Vaccination report Assam 1874-1896 - 1874-1896
Year: 1874
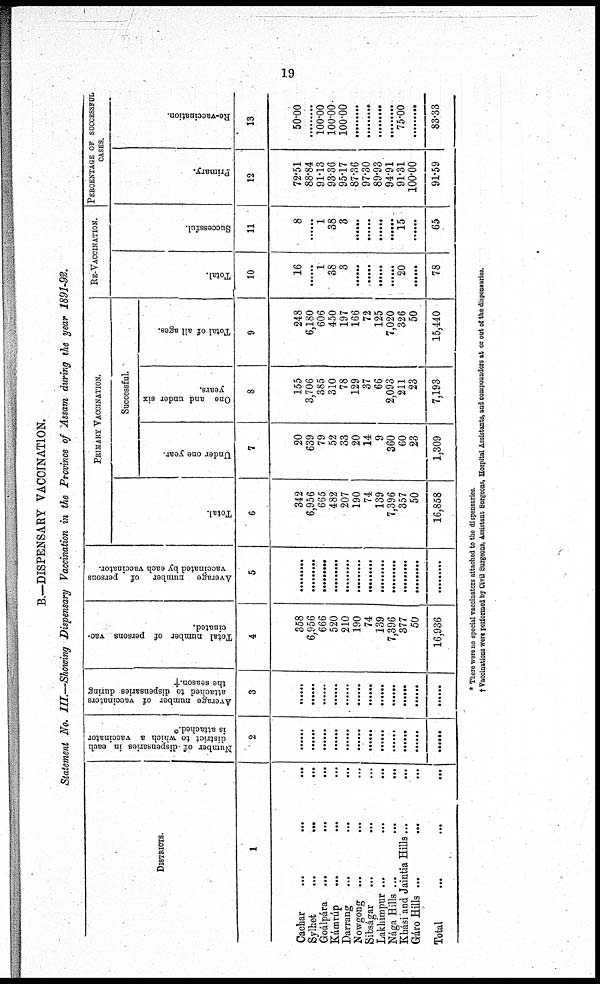
19
B.—DISPENSARY VACCINATION.
Statement No. III.—Showing Dispensary Vaccination in the Province of Assam during the year 1891-92.
DISTRICTS.
1
Cachar
...
...
...
Sylhet
...
...
...
Goálpára
...
...
...
Kámrúp ... ... ...
Darrang
...
...
...
Nowgong ...
... ... ...
Sibságar
...
...
...
Lakhimpur ...
...
...
Nága Hills ...
...
...
Khási and Jaintia Hills ...
...
Gáro Hills ...
... ...
Total
...
...
...
Number of dispensaries in each
district to which a vaccinator
is attached.*
2
......
......
......
......
......
......
......
......
......
......
......
......
Average number of vaccinators
attached to dispensaries during
the season.†
3
......
......
......
......
......
......
......
......
......
......
......
......
Total number of persons vac-
cinated.
4
358
6,956
666
520
210
190
74
139
7,396
377
50
16,936
Average number of persons
vaccinated by each vaccinator.
5
......
......
......
......
......
......
......
......
......
......
......
......
PRIMARY VACCINATION.
Total.
6
342
6,956
665
482
207
190
74
139
7,396
357
50
16,858
Successful.
Under one year.
7
20
639
79
52
33
20
14
9
360
60
23
1,309
One and under six
years.
8
155
3,706
385
310
78
129
37
66
2,093
211
23
7,193
Total of all ages.
9
248
6,180
606
450
197
166
72
125
7,020
326
50
15,440
RE-VACCINATION.
Total.
10
16
......
1
38
3
......
......
......
......
20
......
78
Successful.
11
8
......
1
38
3
......
......
......
......
15
......
65
PERCENTAGE OF SUCCESSFUL
CASES.
Primary.
12
72.51
88.84
91.13
93.36
95.17
87.36
97.30
89.93
94.91
91.31
100.00
91.59
Re-vaccination.
13
50.00
......
100.00
100.00
100.00
......
......
......
......
75.00
......
83.33
* There were no special vaccinators attached to the dispensaries.
† Vaccinations were performed by Civil Surgeons, Assistant Surgeons. Hospital Assistants, and compounders at or out of the dispensaries.